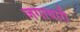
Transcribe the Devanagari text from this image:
जगाधारी